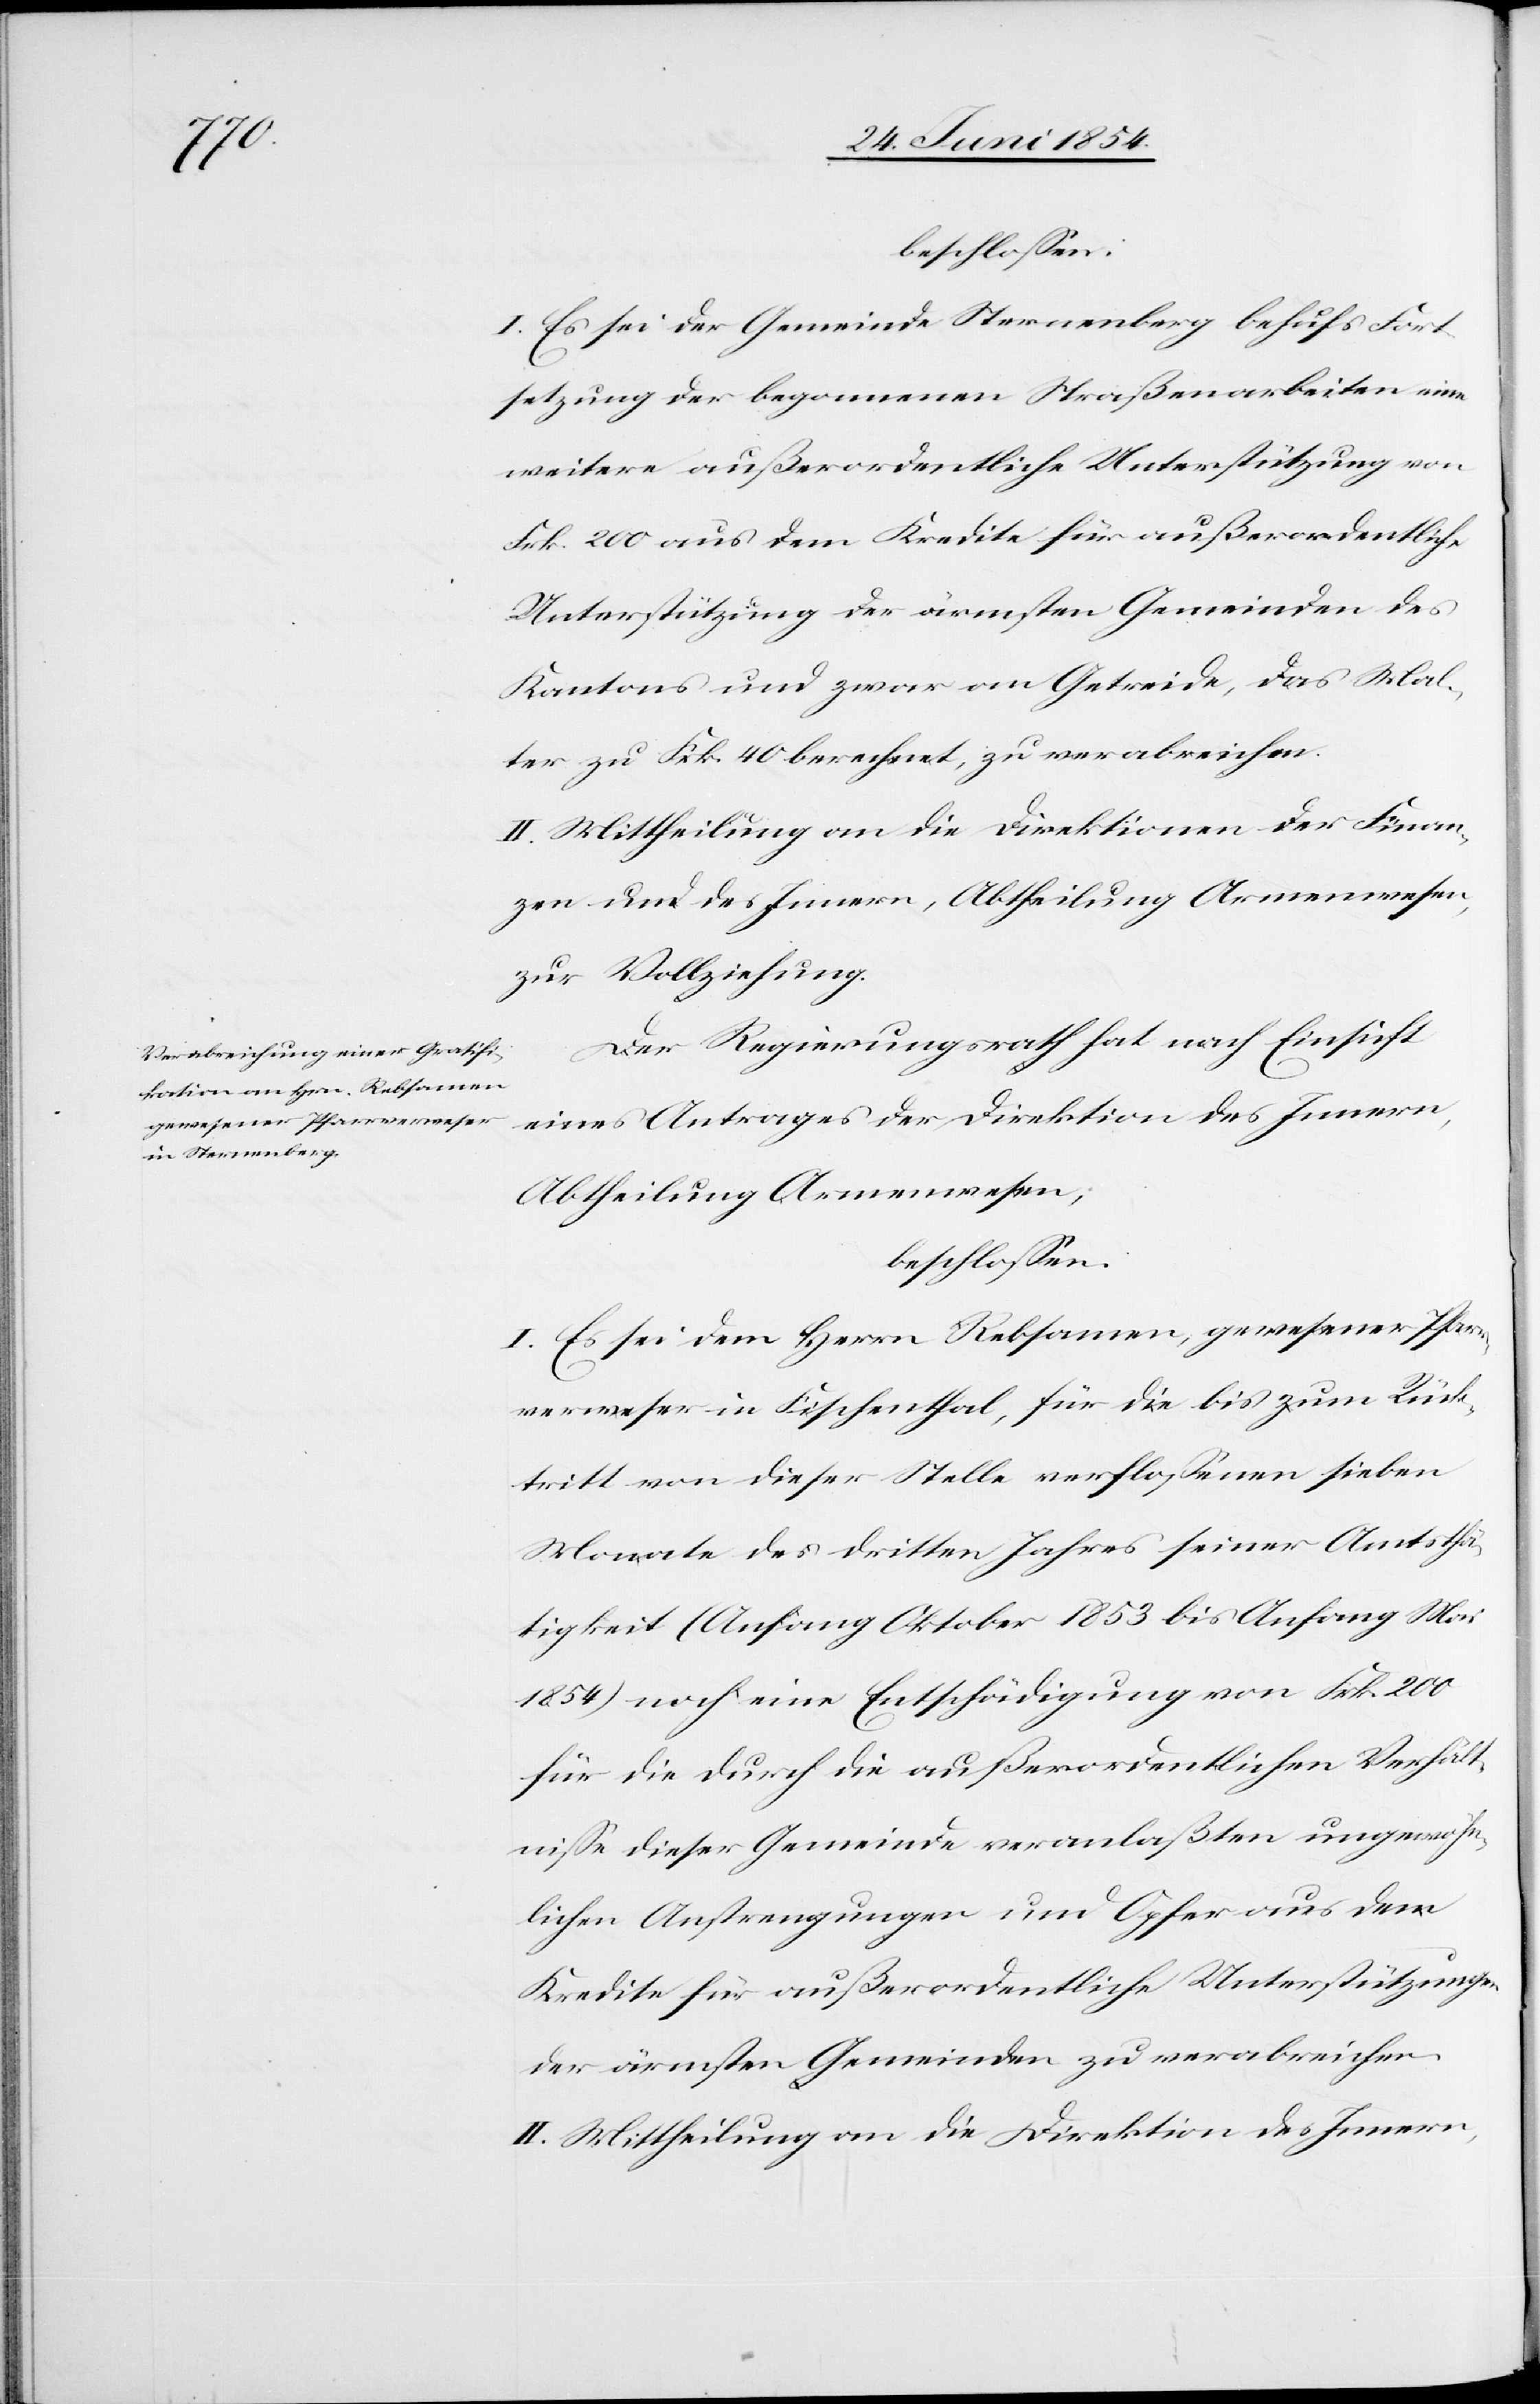
beschloßen:
I. Es sei der Gemeinde Sternenberg behufs Fort¬
setzung der begonnenen Straßenarbeiten eine
weitere außerordentliche Unterstützung von
Frk. 200 aus dem Kredite für außerordentliche
Unterstützung der ärmsten Gemeinden des
Kantons und zwar an Getreide, das Mal¬
ter zu Frk. 40 berechnet, zu verabreichen.
II. Mittheilung an die Direktionen der Finan¬
zen und des Innern, Abtheilung Armenwesen,
zur Vollziehung.
Der Regierungsrath hat nach Einsicht
eines Antrages der Direktion des Innern,
Abtheilung Armenwesen;
beschloßen:
I. Es sei dem Herrn Rebsamen, gewesener Pfarr¬
verweser in Fischenthal, für die bis zum Rück¬
tritt von dieser Stelle verfloßenen sieben
Monate des dritten Jahres seiner Amtsthä¬
tigkeit (Anfang Oktober 1853 bis Anfang Mai
1854) noch eine Entschädigung von Frk. 200
für die durch die außerordentlichen Verhält¬
niße dieser Gemeinde veranlaßten ungewöhn¬
lichen Anstrengungen und Opfer aus dem
Kredite für außerordentliche Unterstützungen
der ärmsten Gemeinden zu verabreichen.
II. Mittheilung an die Direktion des Innern,